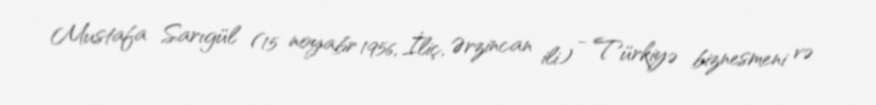
Mustafa Sarıgül (15 noyabr 1956, İliç, Ərzincan ili) - Türkiyə biznesmeni və